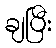
ချပြီး